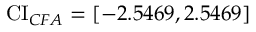
\operatorname { C I } _ { C F A } = [ - 2 . 5 4 6 9 , 2 . 5 4 6 9 ]